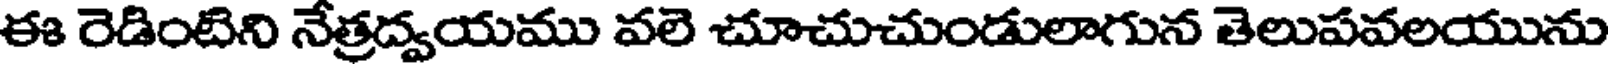
ఈ రెడింటిని నేత్రద్వయము వలె చూచుచుండులాగున తెలుపవలయును